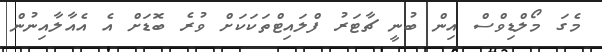
މެގަ މޯލްޑިވްސް އިން ބުނީ ޗާޓަރު ފްލައިޓްތަކަކަށް ވުރެ ބޮޑަށް އެ އެއާލާއިނުން